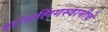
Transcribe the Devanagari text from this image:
शांतलिंगस्वामीचे